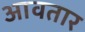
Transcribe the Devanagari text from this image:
आवतार